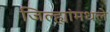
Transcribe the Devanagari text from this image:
जिल्ह्यांमधले